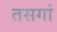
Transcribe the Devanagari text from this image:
तसगां